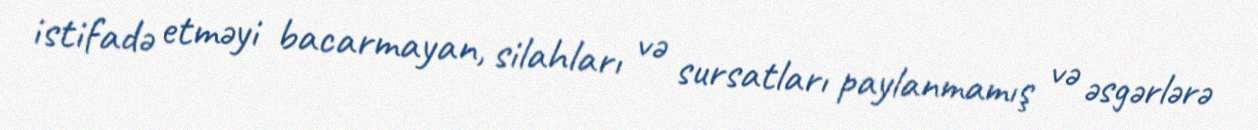
istifadə etməyi bacarmayan, silahları və sursatları paylanmamış və əsgərlərə